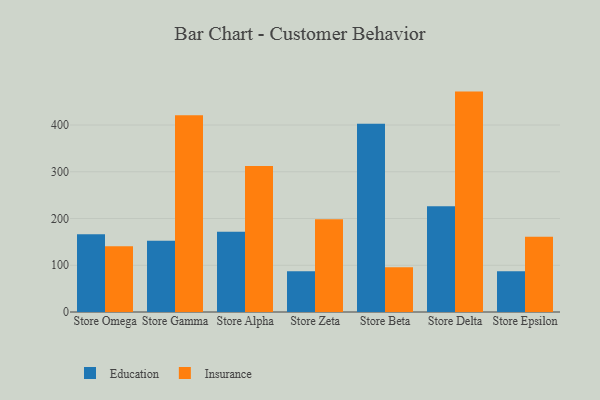
{"axis": {"x": "Store", "y": "Backlog"}, "legend": ["Education", "Insurance"], "data": [{"x": "Store Omega", "y": 166.5, "type": "Education"}, {"x": "Store Omega", "y": 140.5, "type": "Insurance"}, {"x": "Store Gamma", "y": 152.3, "type": "Education"}, {"x": "Store Gamma", "y": 421.1, "type": "Insurance"}, {"x": "Store Alpha", "y": 171.8, "type": "Education"}, {"x": "Store Alpha", "y": 312.1, "type": "Insurance"}, {"x": "Store Zeta", "y": 87.1, "type": "Education"}, {"x": "Store Zeta", "y": 198.6, "type": "Insurance"}, {"x": "Store Beta", "y": 402.7, "type": "Education"}, {"x": "Store Beta", "y": 95.7, "type": "Insurance"}, {"x": "Store Delta", "y": 226.3, "type": "Education"}, {"x": "Store Delta", "y": 471.5, "type": "Insurance"}, {"x": "Store Epsilon", "y": 87.2, "type": "Education"}, {"x": "Store Epsilon", "y": 160.9, "type": "Insurance"}]}